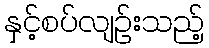
နှင့်စပ်လျဉ်းသည့်